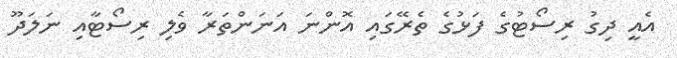
އެއީ ދިގު ރިސޯޓުގެ ފަޅުގެ ތެރޭގައި އޮންނަ އަނަންތަރާ ވެލި ރިސޯޓާއި ނަލަދޫ